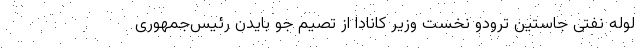
لوله نفتی جاستین ترودو نخست وزیر کانادا از تصیم جو بایدن رئیس‌جمهوری